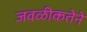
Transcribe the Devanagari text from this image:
जवळीकतेने